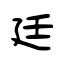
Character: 廷